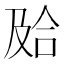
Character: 𰇮